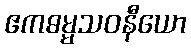
ဧကဓမ္မသဝနီယော